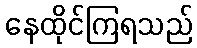
နေထိုင်ကြရသည်